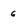
Character: 6